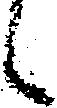
候